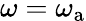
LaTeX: \omega=\omega_{\mathrm{a}}